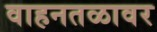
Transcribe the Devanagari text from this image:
वाहनतळावर